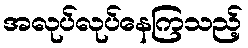
အလုပ်လုပ်နေကြသည့်